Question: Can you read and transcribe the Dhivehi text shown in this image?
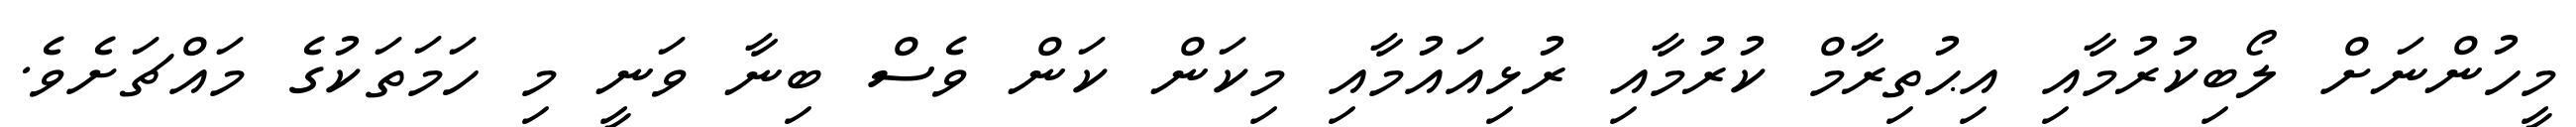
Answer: މީހުންނަށް ލޯބިކުރުމާއި އިޙުތިރާމް ކުރުމާއި ރުޅިއައުމާއި މިކަން ކަން ވެސް ބިނާ ވަނީ މި ހަމަތަކުގެ މައްޗަށެވެ.